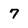
Character: 7